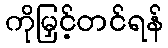
ကိုမြှင့်တင်ရန်